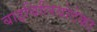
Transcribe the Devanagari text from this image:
बाइबिलियोटेका